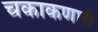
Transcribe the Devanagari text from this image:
चकाकणारी